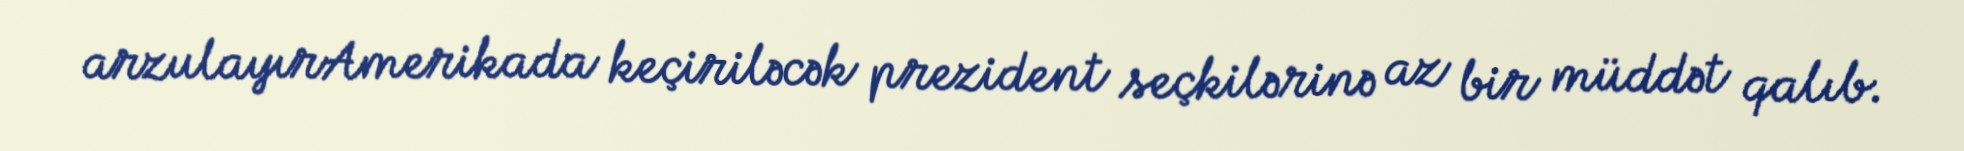
arzulayırAmerikada keçiriləcək prezident seçkilərinə az bir müddət qalıb.